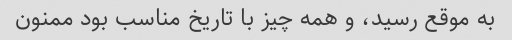
به موقع رسید، و همه چیز با تاریخ مناسب بود ممنون